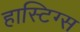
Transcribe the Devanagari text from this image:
हास्टिग्स